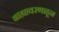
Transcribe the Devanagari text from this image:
बाह्यावरणाहून